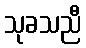
သုခသညီ